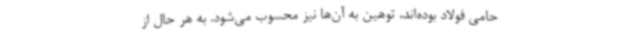
حامی فولاد بوده‌اند، توهین به آن‌ها نیز محسوب می‌شود. به هر حال از